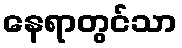
နေရာတွင်သာ